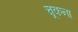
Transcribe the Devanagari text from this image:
चूकना